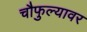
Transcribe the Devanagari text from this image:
चौफुल्यावर